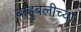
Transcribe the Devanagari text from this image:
बाहुबलीच्या